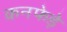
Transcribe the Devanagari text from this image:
कनफेड़े